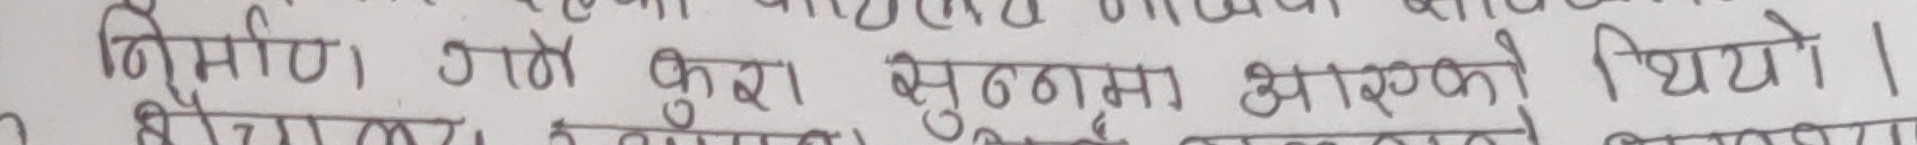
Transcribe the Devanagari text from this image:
निर्माण गरेको कुरा बुझ्मा आएको थियो ।